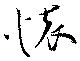
懐